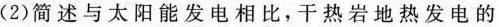
(2)简述与太阳能发电相比，干热岩地热发电的